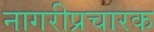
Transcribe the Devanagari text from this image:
नागरीप्रचारक